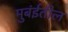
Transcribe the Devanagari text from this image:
मुबंईतील